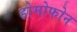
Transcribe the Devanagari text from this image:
होमोफोन